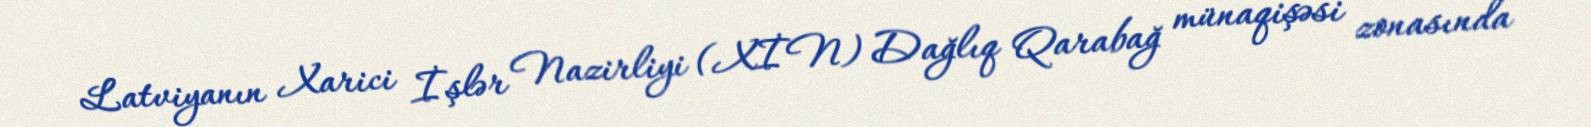
Latviyanın Xarici İşlər Nazirliyi (XİN) Dağlıq Qarabağ münaqişəsi zonasında